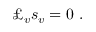
\pounds _ { v } s _ { v } = 0 \ .